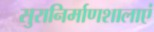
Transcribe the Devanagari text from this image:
सुरानिर्माणशालाएं